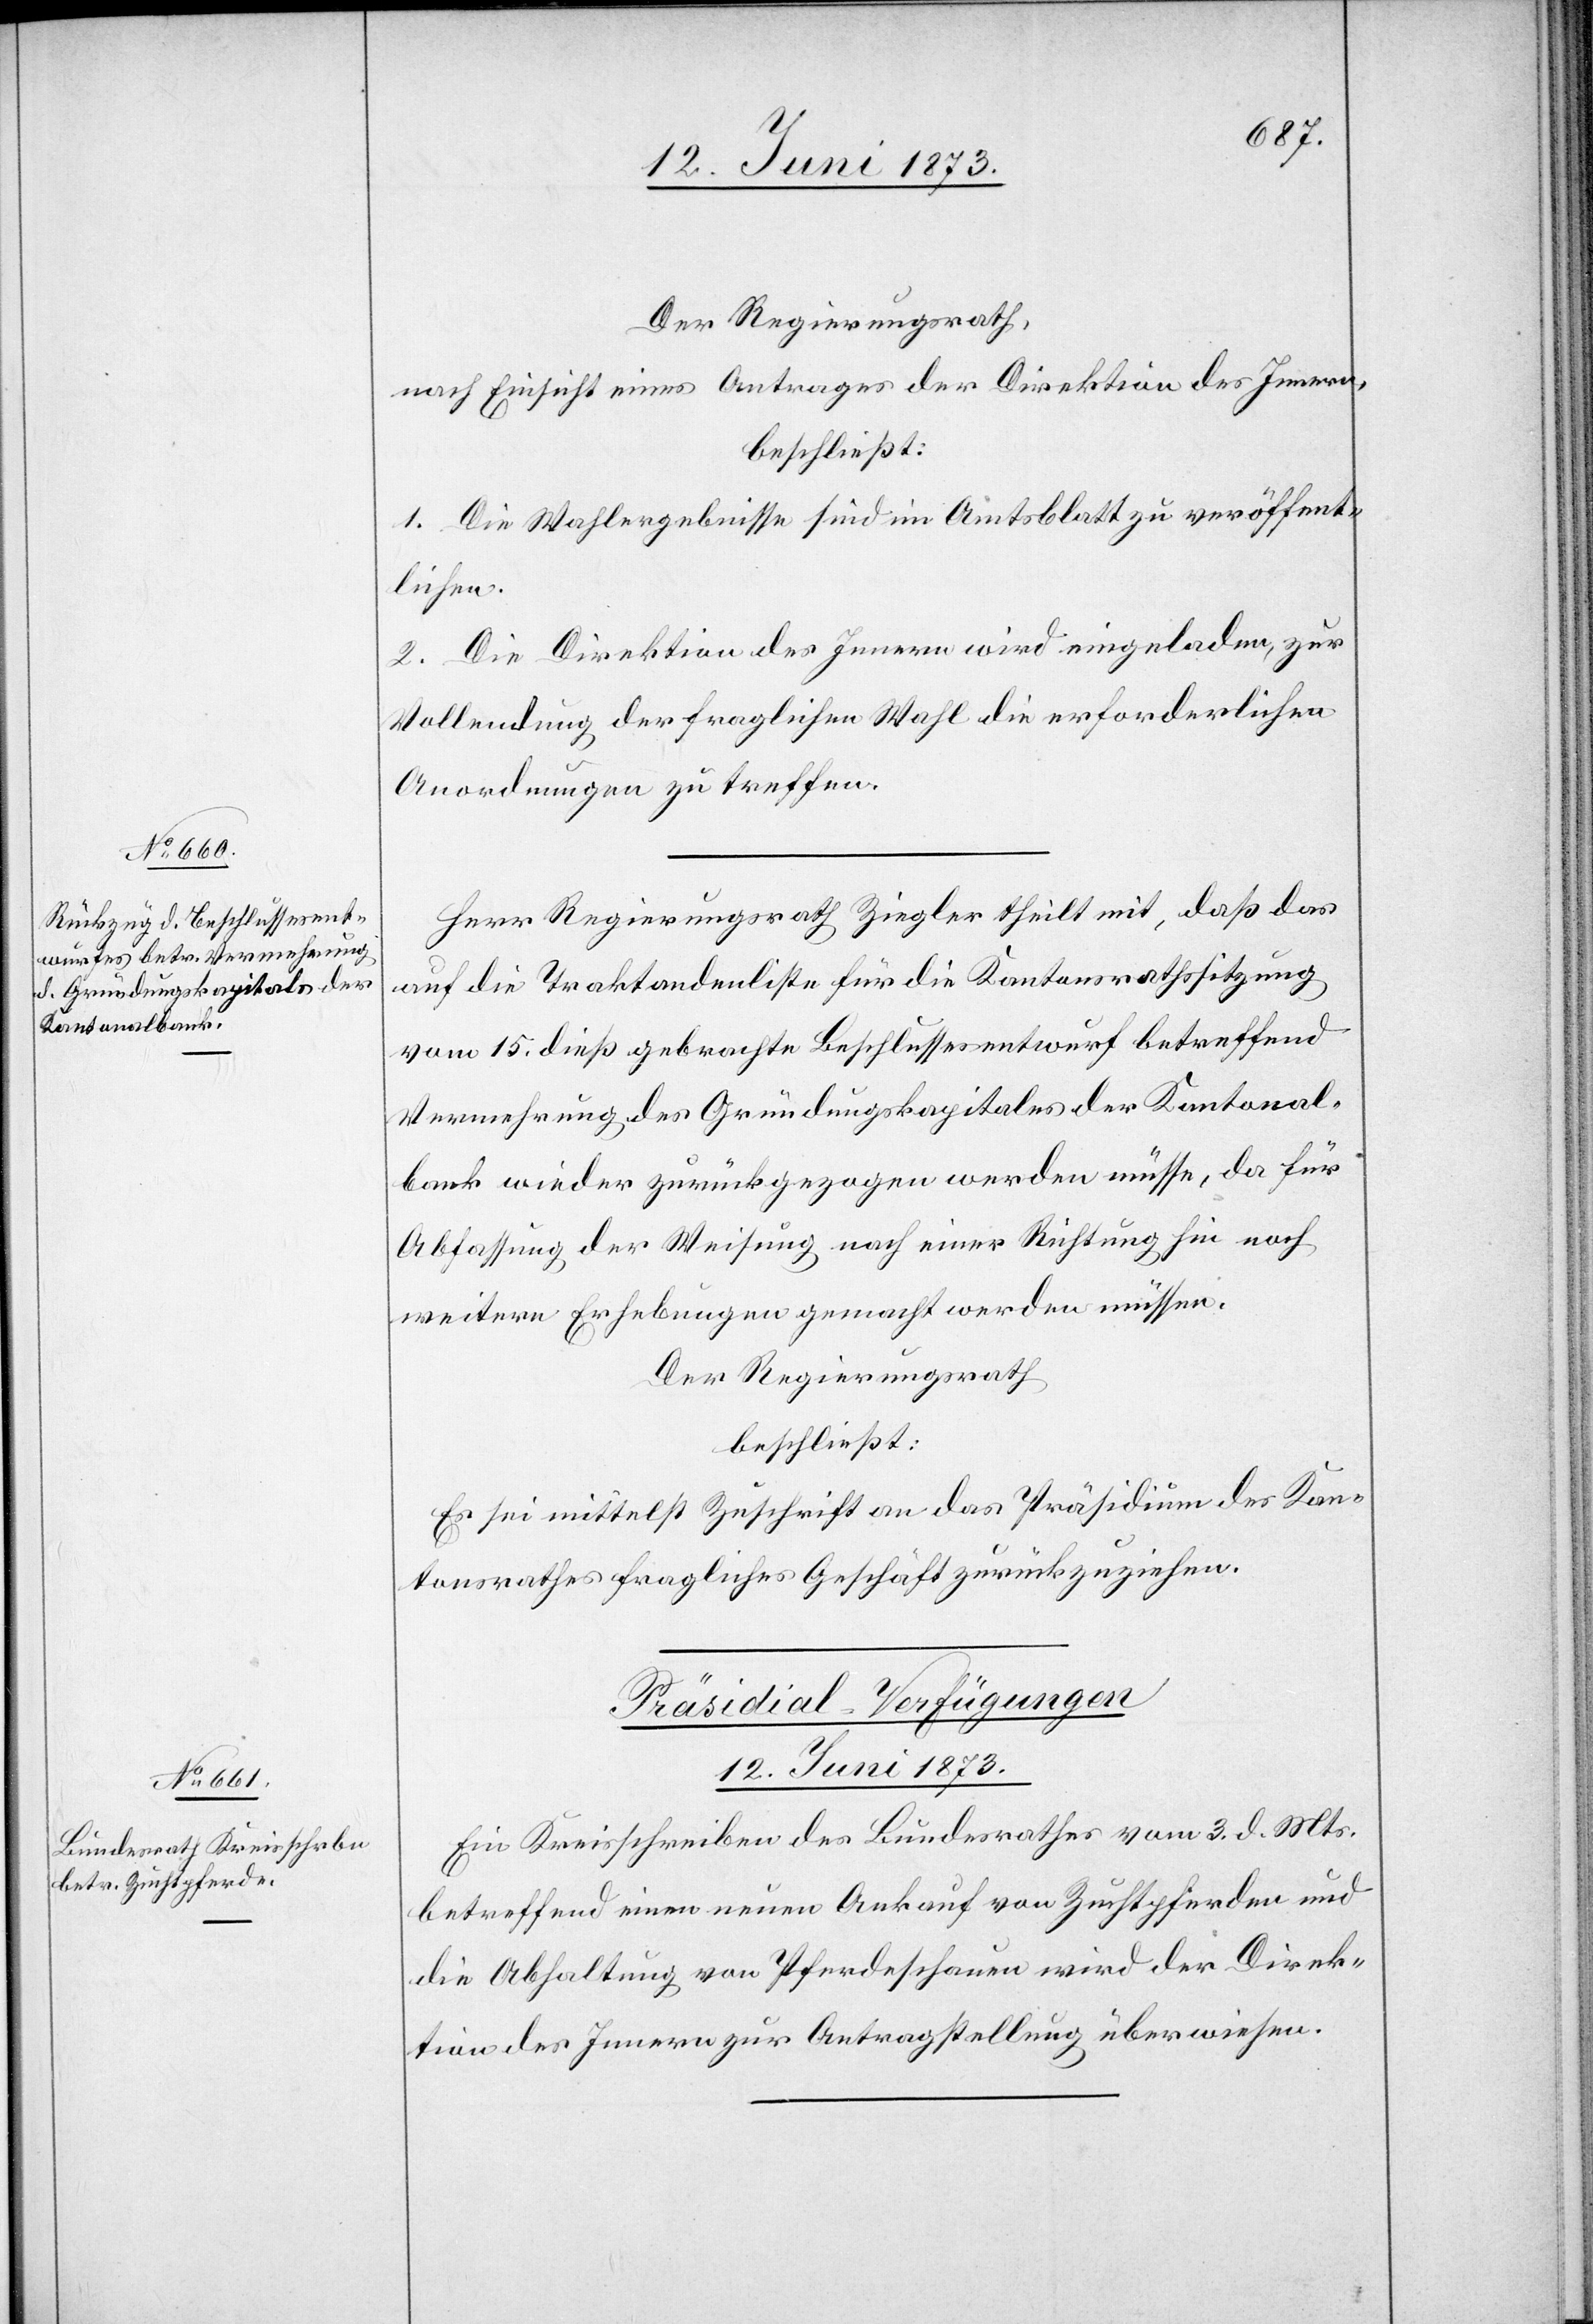
Der Regierungsrath,
nach Einsicht eines Antrages der Direktion des Innern,
beschließt:
1. Die Wahlergebnisse sind im Amtsblatt zu veröffent¬
lichen.
2. Die Direktion des Innern wird eingeladen, zur
Vollendung der fraglichen Wahl die erforderlichen
Anordnungen zu treffen.
Herr Regierungsrath Ziegler theilt mit, daß das
auf die Traktandenliste für die Kantonsrathssitzung
vom 15. dieß gebrachte Beschlussesentwurf betreffend
Vermehrung des Gründungskapitales der Kantonal¬
bank wieder zurückgezogen werden müsse, da für
Abfassung der Weisung nach einer Richtung hin noch
weitere Erhebungen gemacht werden müssen.
Der Regierungsrath
beschließt:
Es sei mittelst Zuschrift an das Präsidium des Kan¬
tonsrathes fragliches Geschäft zurückzuziehen.
Präsidial-Verfügungen
12. Juni 1873.
Ein Kreisschreiben des Bundesrathes vom 3. d. Mts.
betreffend einen neuen Ankauf von Zuchtpferden und
die Abhaltung von Pferdeschauen wird der Direk¬
tion des Innern zur Antragstellung überwiesen.